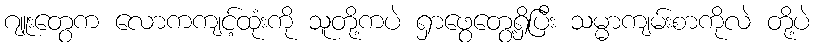
ဂျူးတွေက လောကကျင့်ထုံးကို သူတို့ကပဲ ရှာဖွေတွေ့ရှိပြီး သမ္မာကျမ်းစာကိုလဲ တို့ပဲ